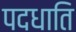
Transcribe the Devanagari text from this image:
पदधाति